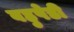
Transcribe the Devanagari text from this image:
बहुपेडी